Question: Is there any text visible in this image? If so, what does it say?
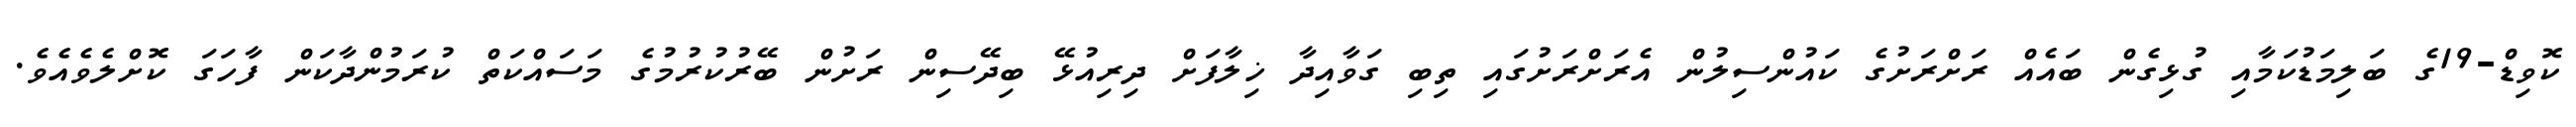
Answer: ކޮވިޑް-19ގެ ބަލިމަޑުކަމާއި ގުޅިގެން ބައެއް ރަށްރަށުގެ ކައުންސިލުން އެރަށްރަށުގައި ތިބި ގަވާއިދާ ޚިލާފަށް ދިރިއުޅޭ ބިދޭސިން ރަށުން ބޭރުކުރުމުގެ މަސައްކަތް ކުރަމުންދާކަން ފާހަގަ ކޮށްލެވެއެވެ.